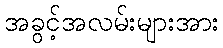
အခွင့်အလမ်းများအား